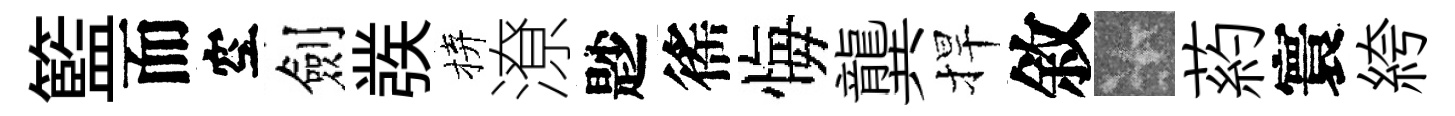
籃而空劍彂拚潦尟徭悔龔捍敘卡葯寰絝